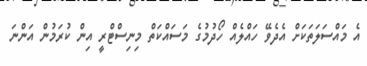
އެ މައްސަލަތަކަށް އެދެވޭ ހައްލެއް ހޯދުމުގެ މަސައްކަތް މިނިސްޓްރީ އިން ކުރަމުން އަންނަ